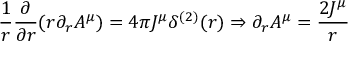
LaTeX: \frac { 1 } { r } \frac { \partial } { \partial r } ( r \partial _ { r } A ^ { \mu } ) = 4 \pi J ^ { \mu } \delta ^ { ( 2 ) } ( r ) \Rightarrow \partial _ { r } A ^ { \mu } = \frac { 2 J ^ { \mu } } { r }